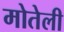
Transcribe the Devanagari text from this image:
मोतेली